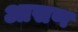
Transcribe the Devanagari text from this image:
आसण